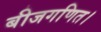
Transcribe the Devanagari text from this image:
बीजगणित।